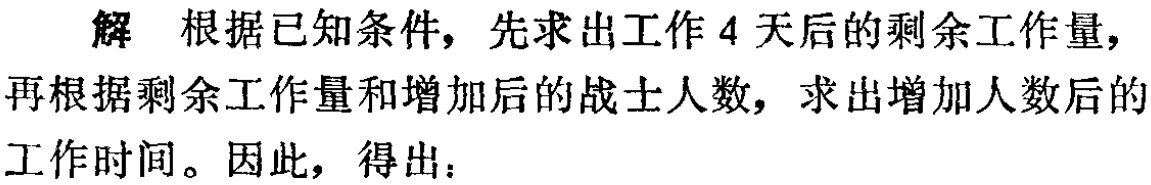
解 根据已知条件，先求出工作4天后的剩余工作量，再根据剩余工作量和增加后的战士人数，求出增加人数后的工作时间。因此，得出：